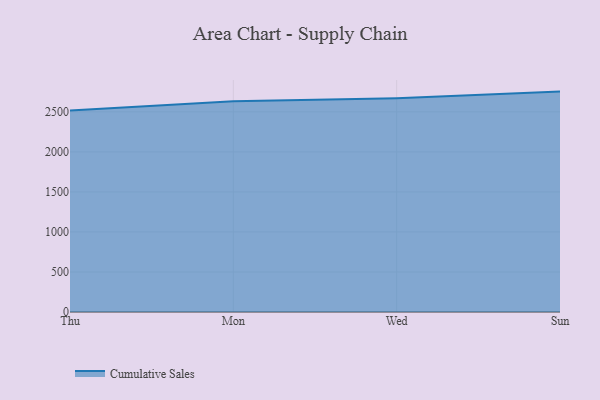
{"axis": {"x": "Day", "y": "Humidity (%)"}, "legend": ["Cumulative Sales"], "data": [{"x": "Thu", "y": 2517.7, "type": "Cumulative Sales"}, {"x": "Mon", "y": 2632.2, "type": "Cumulative Sales"}, {"x": "Wed", "y": 2671.3, "type": "Cumulative Sales"}, {"x": "Sun", "y": 2753.4, "type": "Cumulative Sales"}]}